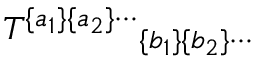
{ T ^ { \{ a _ { 1 } \} \{ a _ { 2 } \} \cdots } } _ { \{ b _ { 1 } \} \{ b _ { 2 } \} \cdots }